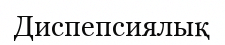
Диспепсиялық